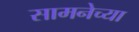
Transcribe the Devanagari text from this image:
सामनेच्या